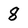
Character: 8